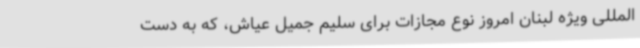
المللی ویژه لبنان امروز نوع مجازات برای سلیم جمیل عیاش، که به دست